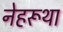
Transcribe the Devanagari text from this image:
नेहरूथा